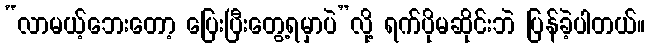
“လာမယ့်ဘေးတော့ ပြေးပြီးတွေ့ရမှာပဲ”လို့ ရက်ပိုမဆိုင်းဘဲ ပြန်ခဲ့ပါတယ်။